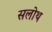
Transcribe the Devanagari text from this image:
सलोथ